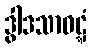
ဒွါဒသာဝဋ္ဋံ